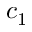
c _ { 1 }